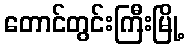
တောင်တွင်းကြီးမြို့